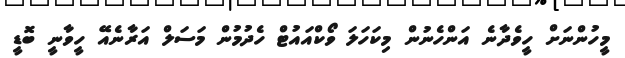
މީހުންނަށް ހީވެދާނެ އަންހެނުން މިކަހަލަ ވޯކްއައުޓް ހެދުމުން މަސަލް އަރާނެއޭ ހީވާނީ ބޮޑީ